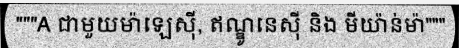
"""A ជាមួយម៉ាឡេស៊ី, ឥណ្ឌូនេស៊ី និង មីយ៉ាន់ម៉ា"""